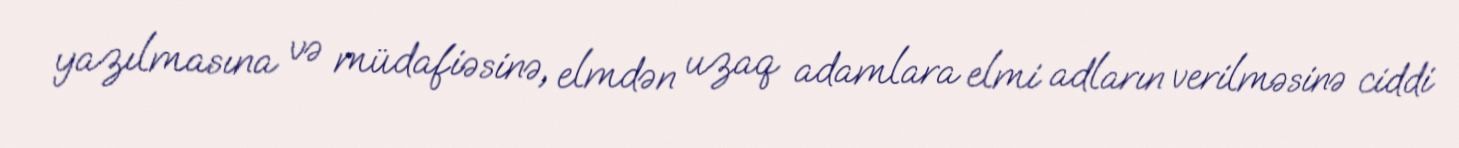
yazılmasına və müdafiəsinə, elmdən uzaq adamlara elmi adların verilməsinə ciddi